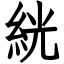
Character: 絖